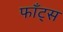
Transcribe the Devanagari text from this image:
फाँट्‌स